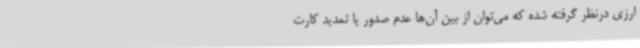
ارزی درنظر گرفته شده که می‌توان از بین آن‌ها عدم صدور یا تمدید کارت